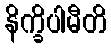
နိက္ခိပါမီတိ